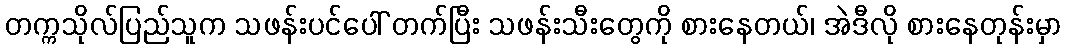
တက္ကသိုလ်ပြည်သူက သဖန်းပင်ပေါ် တက်ပြီး သဖန်းသီးတွေကို စားနေတယ်၊ အဲဒီလို စားနေတုန်းမှာ